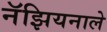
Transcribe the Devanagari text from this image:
नॅझियनाले